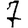
Digit: 7